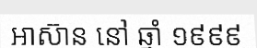
អាស៊ាន នៅ ឆ្នាំ ១៩៩៩